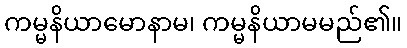
ကမ္မနိယာမောနာမ၊ ကမ္မနိယာမမည်၏။